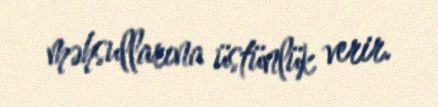
məhsullarına üstünlük verir.